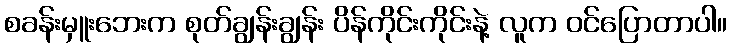
စခန်းမှူးဘေးက စုတ်ချွန်းချွန်း ပိန်ကိုင်းကိုင်းနဲ့ လူက ဝင်ပြောတာပါ။